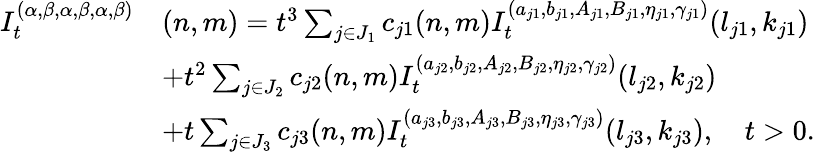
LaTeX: \begin{array}{rl}{I_{t}^{(\alpha,\beta,\alpha,\beta,\alpha,\beta)}}&{(n,m)=t^{3}\sum_{j\in J_{1}}c_{j1}(n,m)I_{t}^{(a_{j1},b_{j1},A_{j1},B_{j1},\eta_{j1},\gamma_{j1})}(l_{j1},k_{j1})}\\ &{+t^{2}\sum_{j\in J_{2}}c_{j2}(n,m)I_{t}^{(a_{j2},b_{j2},A_{j2},B_{j2},\eta_{j2},\gamma_{j2})}(l_{j2},k_{j2})}\\ &{+t\sum_{j\in J_{3}}c_{j3}(n,m)I_{t}^{(a_{j3},b_{j3},A_{j3},B_{j3},\eta_{j3},\gamma_{j3})}(l_{j3},k_{j3}),\quad t>0.}\end{array}